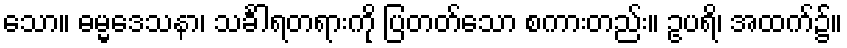
သော။ ဓမ္မဒေသနာ၊ သင်္ခါရတရားကို ပြတတ်သော စကားတည်း။ ဥပရိ၊ အထက်၌။